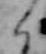
く